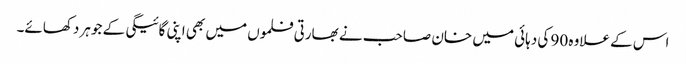
اس کے علاوہ 90 کی دہائی میں خان صاحب نے بھارتی فلموں میں بھی اپنی گائیگی کے جوہر دکھائے۔